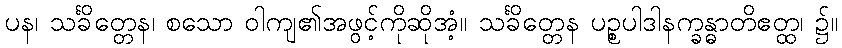
ပန၊ သင်္ခိတ္တေန၊ စသော ဝါကျ၏အဖွင့်ကိုဆိုအံ့။ သင်္ခိတ္တေန ပဉ္စပါဒါနက္ခန္ဓာတိဧတ္ထ၊ ၌။